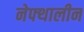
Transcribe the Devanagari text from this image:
नेफ्थालीन